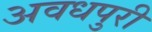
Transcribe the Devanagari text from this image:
अवधपुरी